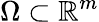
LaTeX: \Omega\subset\mathbb{R}^{m}